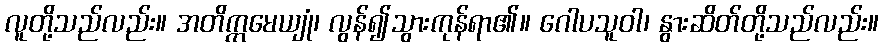
လူတို့သည်လည်း။ အတိက္ကမေယျုံ၊ လွန်၍သွားကုန်ရာ၏။ ဂေါပသူဝါ၊ နွားဆိတ်တို့သည်လည်း။